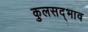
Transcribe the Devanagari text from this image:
कुलसद्भाव